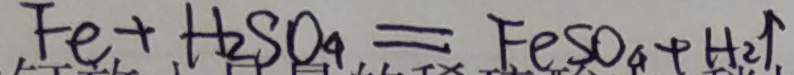
F e + H _ { 2 } S O _ { 4 } = F e S O _ { 4 } + H _ { 2 } \uparrow